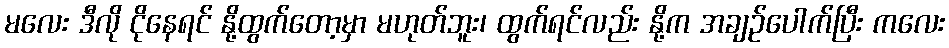
မလေး ဒီလို ငိုနေရင် နို့ထွက်တော့မှာ မဟုတ်ဘူး၊ ထွက်ရင်လည်း နို့က အချဉ်ပေါက်ပြီး ကလေး